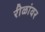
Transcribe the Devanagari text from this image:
रीळांवर